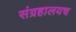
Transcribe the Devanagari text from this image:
संग्रहालयच